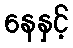
နေနှင့်